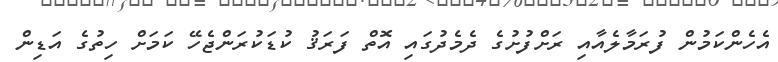
އެހެންކަމުން ފުރަމާލެއާއި ރަށްފުށުގެ ދެމެދުގައި އޮތް ފަރަޤު ކުޑަކުރަންޖެހޭ ކަމަށް ހިތުގެ އަޑިން